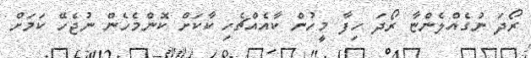
ރޯދަ ނުގެއްލެންޏާ ރޯދަ ހިފާ މީހުން ކާއެއްޗެހި ކާކަށް ކޮންމެހެން ނުޖެހޭ ކަމަށް